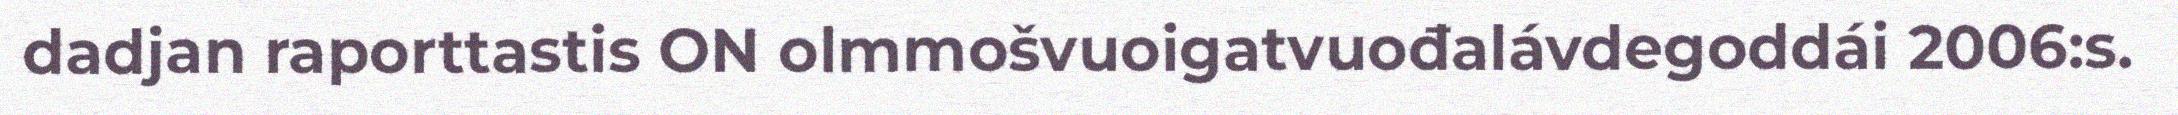
dadjan raporttastis ON olmmošvuoigatvuođalávdegoddái 2006:s.